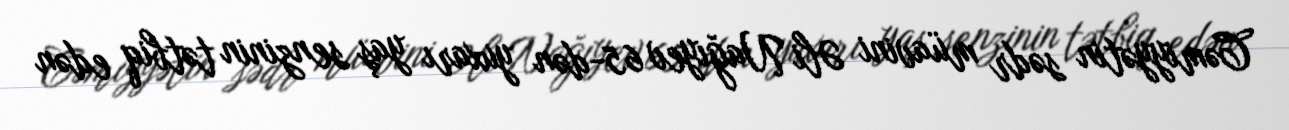
Cəmiyyətin sədr müavini Əli Nağıyev 65-dən yuxarı yaş senzinin tətbiq edən